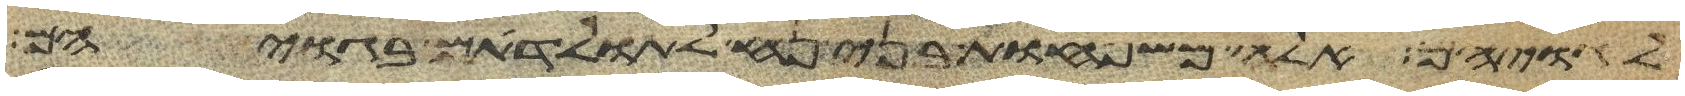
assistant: לגויהם אלה משפחות בני נח לתולדתם בגויהם